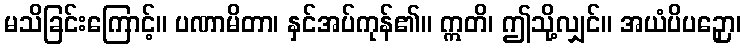
မသိခြင်းကြောင့်။ ပဏာမိတာ၊ နှင်အပ်ကုန်၏။ ဣတိ၊ ဤသို့လျှင်။ အယံပိပဉှော၊